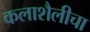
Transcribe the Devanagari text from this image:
कलाशैलीचा